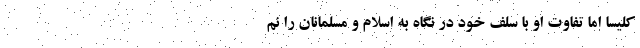
کلیسا اما تفاوت او با سَلَف خود در نگاه به اسلام و مسلمانان را نم